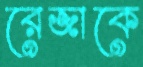
রেজাকে